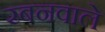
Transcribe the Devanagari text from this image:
रबनवाले